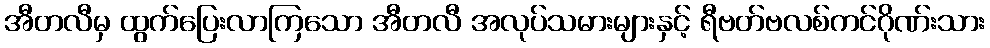
အီတလီမှ ထွက်ပြေးလာကြသော အီတလီ အလုပ်သမားများနှင့် ရီဗတ်ဗလစ်ကင်ဂိုဏ်းသား